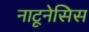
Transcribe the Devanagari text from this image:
नाटूनेसिस